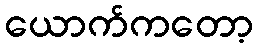
ယောက်ကတော့